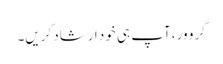
گرو ور، آپ ہی خود ارشاد کریں۔